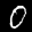
Label: 0